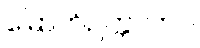
မြောက်ဥက္ကလာပ